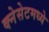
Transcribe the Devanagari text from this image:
क्नेसेटमध्ये